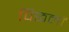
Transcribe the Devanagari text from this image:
पिछलों